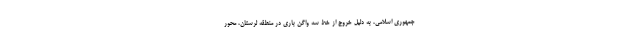
جمهوری اسلامی، به دلیل خروج از خط سه واگن باری در منطقه لرستان، محور